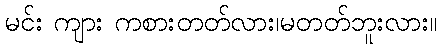
မင်း ကျား ကစားတတ်လား၊မတတ်ဘူးလား။